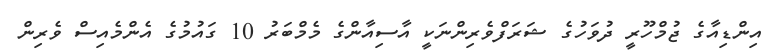
އިންޑިއާގެ ޖުމްހޫރީ ދުވަހުގެ ޝަރަފްވެރިންނަކީ އާސިއާންގެ މެމްބަރު 10 ގައުމުގެ އެންމެއިސް ވެރިން